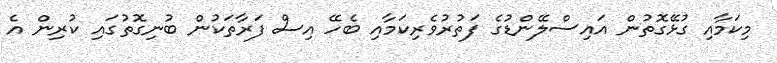
މިކަމާއި ގުޅޭގޮތުން އައިސްލޭންޑުގެ ފަތުރުވެރިކަމާއި ބެހޭ އިސް ފަރާތަކުން ބުނިގޮތުގައި ކުރިން އެ